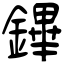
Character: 鏎